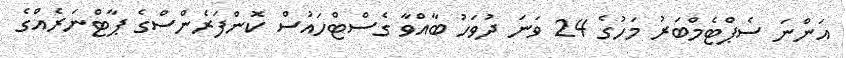
އަންނަ ސެޕްޓެމްބަރު މަހުގެ 24 ވަނަ ދުވަހު ބާއްވާ ގެސްޓްހައުސް ކޮންފަރެންސްގެ ޕާޓްނަރެއްގެ